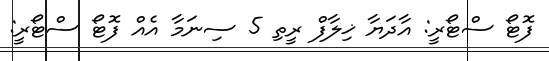
ފޮޓޯ ސްޓޯރީ: އާދަޔާ ޚިލާފް ރީތި 5 ސިނަމާ އެއް ފޮޓޯ ސްޓޯރީ: